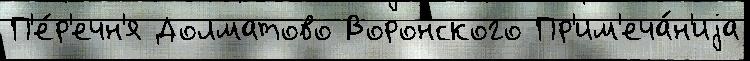
П'е́р'ечн'я Долматово Воронского Пр'им'еча́н'иjа